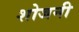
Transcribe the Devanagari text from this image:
शोजनी